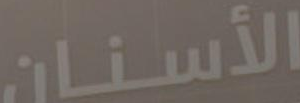
الأسنان